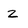
Character: Z